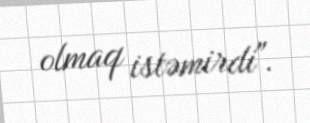
olmaq istəmirdi".